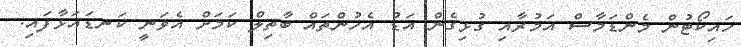
ހައިކޯޓުން މެންޑަމާސް އަމުރާއި ގުޅިގެން އަޑު އެހުންތައް ބާތިލް ކަމަށް އެވަނީ ކަނޑައަޅާފައި.